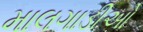
માલગાડીઓ